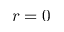
r = 0